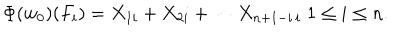
LaTeX: \Phi ( w _ { 0 } ) ( F _ { i } ) = X _ { 1 i } + X _ { 2 i } + \cdots X _ { n + 1 - i \, i } \; 1 \leq i \leq n .